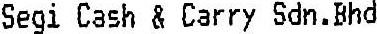
SEGI CASH & CARRY SDN.BHD